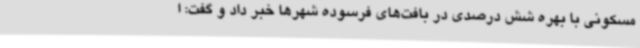
مسکونی با بهره شش درصدی در بافت‌های فرسوده شهرها خبر داد و گفت: ا